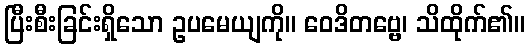
ပြီးစီးခြင်းရှိသော ဥပမေယျကို။ ဝေဒိတဗ္ဗေ၊ သိထိုက်၏။